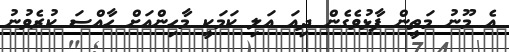
އެ މޫނު މަތީން ފާޅުވެގެން ދިއަ އަލި ކަމަކީ މާހިންއަށް ހާއްސަ ކުރެވުނު